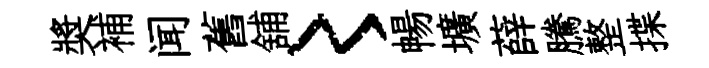
奬補闻舊舖〻暢壙薛騰整揲